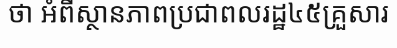
ថា អំពីស្ថានភាពប្រជាពលរដ្ឋ៤៥គ្រួសារ